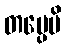
တပ္ပေမိ